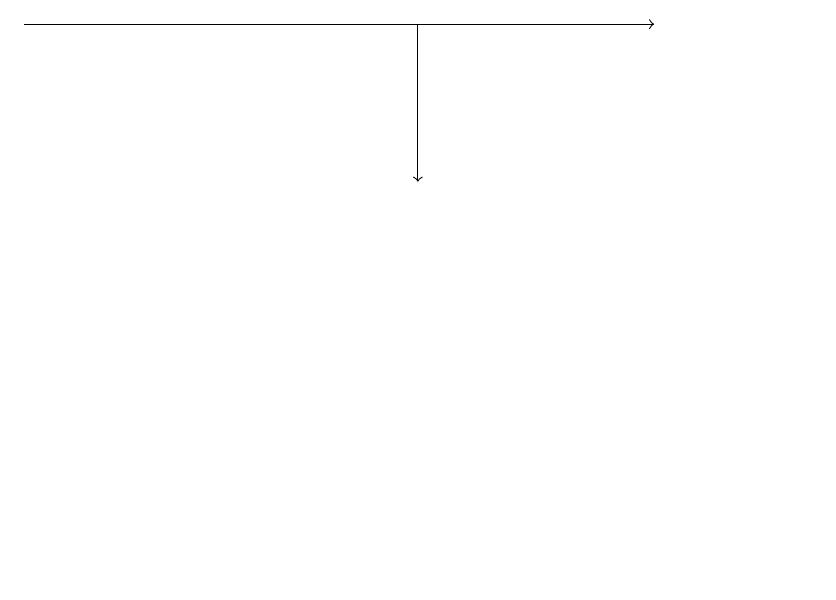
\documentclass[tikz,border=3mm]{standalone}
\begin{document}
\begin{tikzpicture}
\draw[->] (1,18) -- (9,18);
\draw (11,11) circle (0);
\draw[->] (6,18) -- (6,16);
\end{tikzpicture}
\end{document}